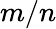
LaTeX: m/n